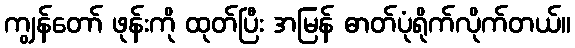
ကျွန်တော် ဖုန်းကို ထုတ်ပြီး အမြန် ဓာတ်ပုံရိုက်လိုက်တယ်။